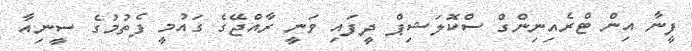
ފީނާ އިން ޓްރެއިނިންގް ސްކޮލަޝިޕް ދީފައި ވަނީ ރާއްޖޭގެ ގައުމީ ފެތުމުގެ ސީނިއާ